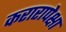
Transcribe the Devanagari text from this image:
करारापेक्षा